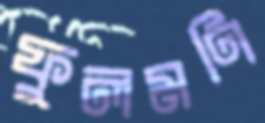
ফুলমণি